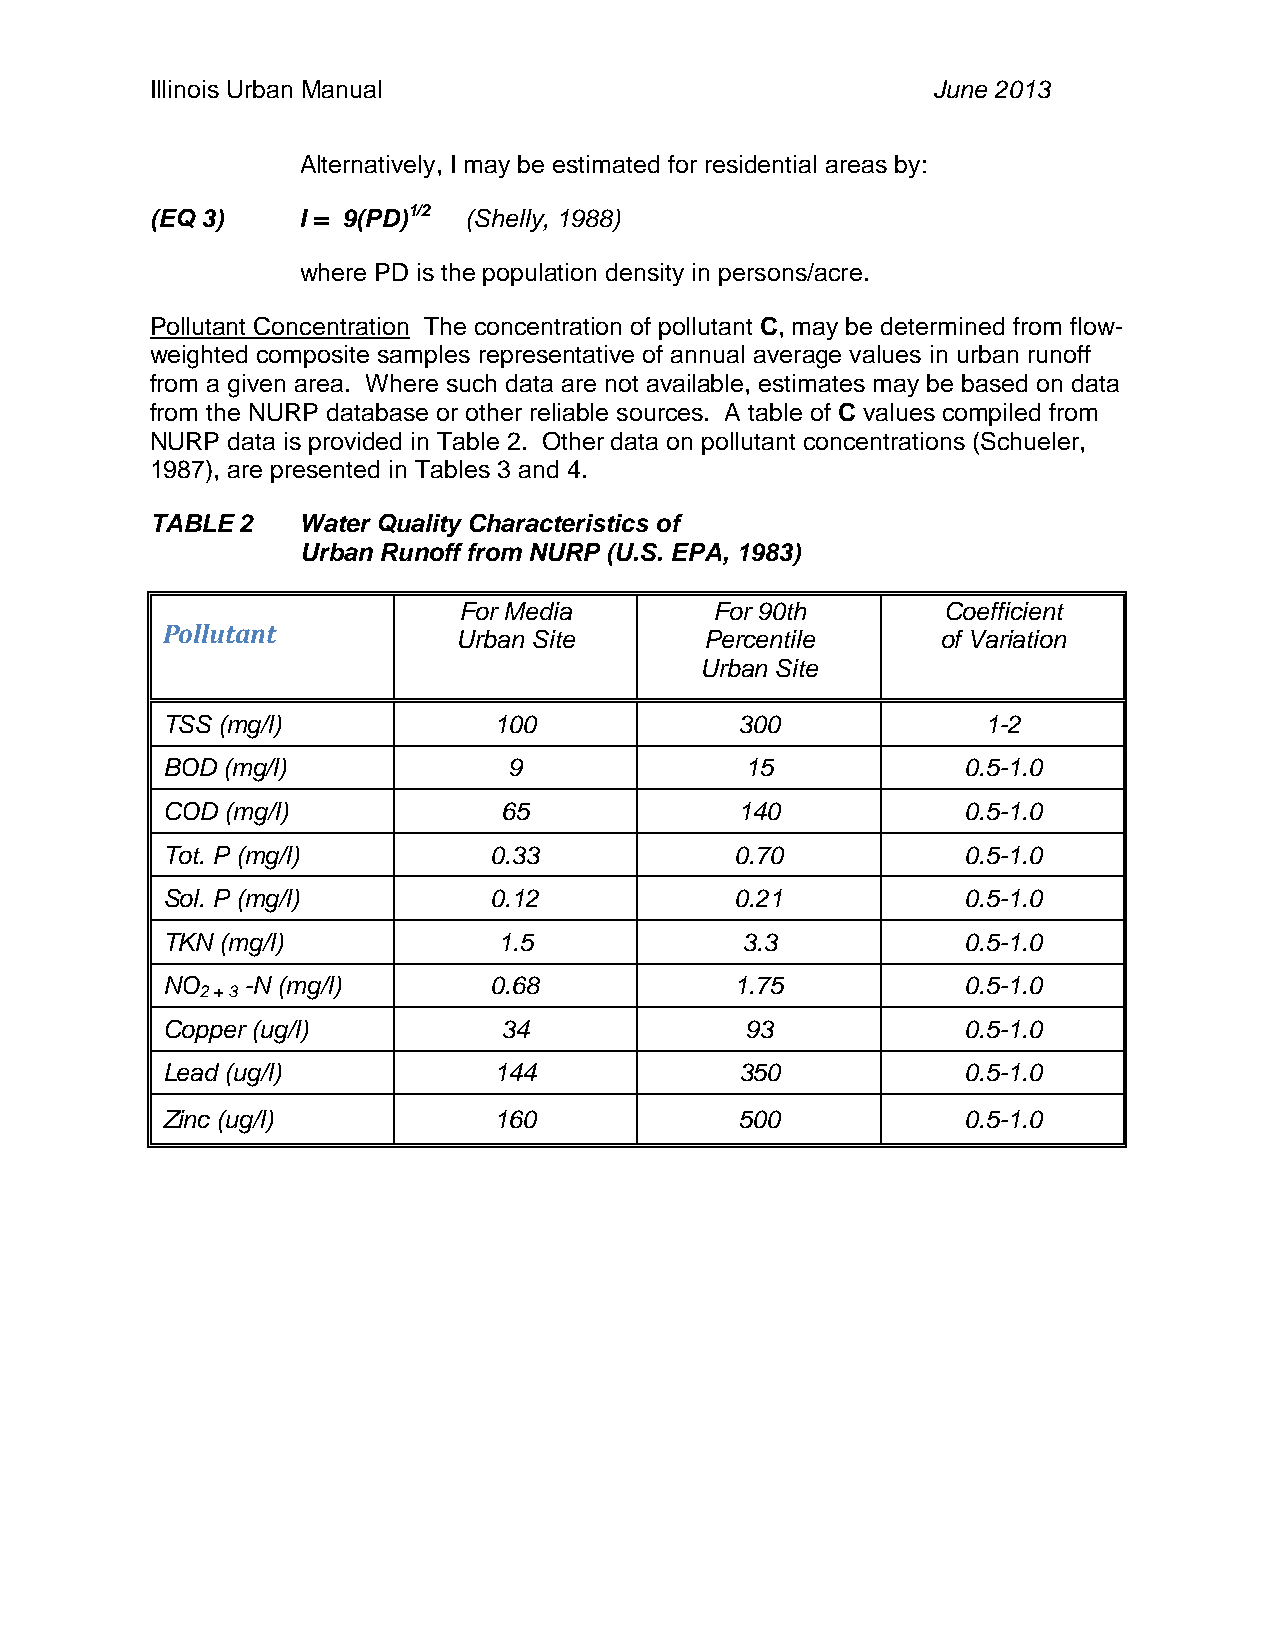
Illinois Urban Manual                               June 2013
 Alternatively, I may be estimated for residential areas by:
 (EQ 3)    I = 9(PD)1/2 (Shelly, 1988)
 where PD is the population density in persons/acre.
 Pollutant Concentration The concentration of pollutant C, may be determined from flow-
 weighted composite samples representative of annual average values in urban runoff
 from a given area. Where such data are not available, estimates may be based on data
 from the NURP database or other reliable sources. A table of C values compiled from
 NURP data is provided in Table 2. Other data on pollutant concentrations (Schueler,
 1987), are presented in Tables 3 and 4.
 TABLE 2   Water Quality Characteristics of
 Urban Runoff from NURP (U.S. EPA, 1983)
 For Media        For 90th        Coefficient
 Pollutant
 Urban Site       Percentile     of Variation
 Urban Site
 TSS (mg/l)            100             300             1-2
 BOD (mg/l)             9              15             0.5-1.0
 COD (mg/l)            65              140            0.5-1.0
 Tot. P (mg/l)         0.33            0.70           0.5-1.0
 Sol. P (mg/l)         0.12            0.21           0.5-1.0
 TKN (mg/l)            1.5             3.3            0.5-1.0
 NO   -N (mg/l)        0.68            1.75           0.5-1.0
 2 + 3
 Copper (ug/l)         34              93             0.5-1.0
 Lead (ug/l)           144             350            0.5-1.0
 Zinc (ug/l)           160             500            0.5-1.0